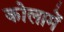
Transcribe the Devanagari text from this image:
कोलामें